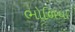
ભોળિયા